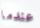
عندما